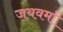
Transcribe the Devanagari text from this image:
जयवर्मा